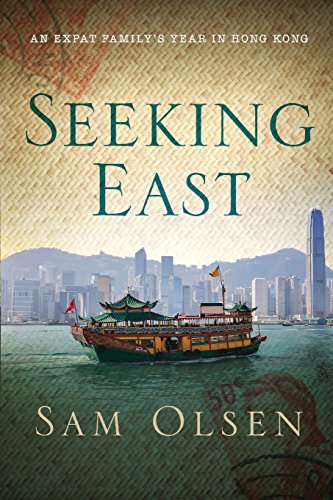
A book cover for Seeking East: An Expat Family's Year in Hong Kong; Sam Olsen; Travel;